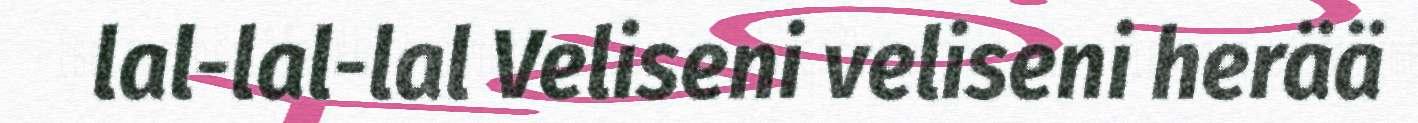
lal-lal-lal Veliseni veliseni herää